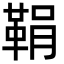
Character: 鞙